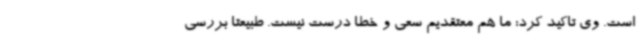
است. وی تاکید کرد: ما هم معتقدیم سعی و خطا درست نیست. طبیعتا بررسی